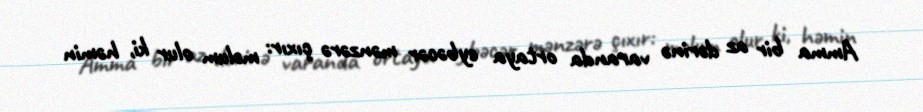
Amma bir az dərinə varanda ortaya eybəcər mənzərə çıxır: məlum olur ki, həmin